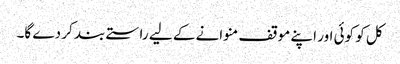
کل کو کوئی اور اپنے موقف منوانے کے لیے راستے بند کر دے گا۔